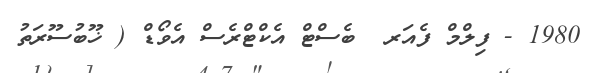
1980 - ފިލްމް ފެއަރ  ބެސްޓް އެކްޓްރެސް އެވޯޑް ( ޚޫބުސޫރަތު